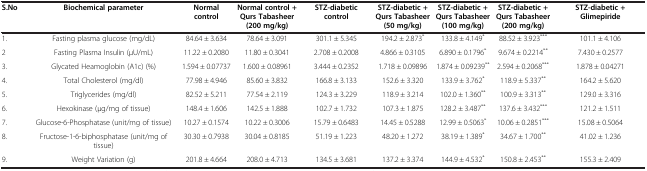
<table><thead><tr><td><b>S.No</b></td><td><b>Biochemical parameter</b></td><td><b>Normal control</b></td><td><b>Normal control + Qurs Tabasheer (200 mg/kg)</b></td><td><b>STZ-diabetic control</b></td><td><b>STZ-diabetic + Qurs Tabasheer (50 mg/kg)</b></td><td><b>STZ-diabetic + Qurs Tabasheer (100 mg/kg)</b></td><td><b>STZ-diabetic + Qurs Tabasheer (200 mg/kg)</b></td><td><b>STZ-diabetic + Glimepiride</b></td></tr></thead><tbody><tr><td>1.</td><td>Fasting plasma glucose (mg/dL)</td><td>84.64 ± 3.634</td><td>78.64 ± 3.091</td><td>301.1 ± 5.345</td><td>194.2 ± 2.873<sup>*</sup></td><td>133.8 ± 4.149<sup>*</sup></td><td>88.52 ± 3.923<sup>***</sup></td><td>101.1 ± 4.106</td></tr><tr><td>2</td><td>Fasting Plasma Insulin (μU/mL)</td><td>11.22 ± 0.2080</td><td>11.80 ± 0.3041</td><td>2.708 ± 0.2008</td><td>4.866 ± 0.3105</td><td>6.890 ± 0.1796<sup>*</sup></td><td>9.674 ± 0.2214<sup>**</sup></td><td>7.430 ± 0.2577</td></tr><tr><td>3.</td><td>Glycated Heamoglobin (A1c) (%)</td><td>1.594 ± 0.07737</td><td>1.600 ± 0.08961</td><td>3.444 ± 0.2352</td><td>1.718 ± 0.09896</td><td>1.874 ± 0.09239<sup>**</sup></td><td>2.594 ± 0.2068<sup>***</sup></td><td>1.878 ± 0.04271</td></tr><tr><td>4.</td><td>Total Cholesterol (mg/dl)</td><td>77.98 ± 4.946</td><td>85.60 ± 3.832</td><td>166.8 ± 3.133</td><td>152.6 ± 3.320</td><td>133.9 ± 3.762<sup>*</sup></td><td>118.9 ± 5.337<sup>**</sup></td><td>164.2 ± 5.620</td></tr><tr><td>5.</td><td>Triglycerides (mg/dl)</td><td>82.52 ± 5.211</td><td>77.54 ± 2.119</td><td>124.3 ± 3.229</td><td>118.9 ± 3.214</td><td>102.0 ± 1.360<sup>**</sup></td><td>100.9 ± 3.313<sup>**</sup></td><td>129.0 ± 3.316</td></tr><tr><td>6.</td><td>Hexokinase (μg/mg of tissue)</td><td>148.4 ± 1.606</td><td>142.5 ± 1.888</td><td>102.7 ± 1.732</td><td>107.3 ± 1.875</td><td>128.2 ± 3.487<sup>**</sup></td><td>137.6 ± 3.432<sup>***</sup></td><td>121.2 ± 1.511</td></tr><tr><td>7.</td><td>Glucose-6-Phosphatase (unit/mg of tissue)</td><td>10.27 ± 0.1574</td><td>10.22 ± 0.3006</td><td>15.79 ± 0.6483</td><td>14.45 ± 0.5288</td><td>12.99 ± 0.5063<sup>*</sup></td><td>10.06 ± 0.2851<sup>***</sup></td><td>15.08 ± 0.5064</td></tr><tr><td>8.</td><td>Fructose-1-6-biphosphatase (unit/mg of tissue)</td><td>30.30 ± 0.7938</td><td>30.04 ± 0.8185</td><td>51.19 ± 1.223</td><td>48.20 ± 1.272</td><td>38.19 ± 1.389<sup>*</sup></td><td>34.67 ± 1.700<sup>**</sup></td><td>41.02 ± 1.236</td></tr><tr><td>9.</td><td>Weight Variation (g)</td><td>201.8 ± 4.664</td><td>208.0 ± 4.713</td><td>134.5 ± 3.681</td><td>137.2 ± 3.374</td><td>144.9 ± 4.532<sup>*</sup></td><td>150.8 ± 2.453<sup>**</sup></td><td>155.3 ± 2.409</td></tr></tbody></table>